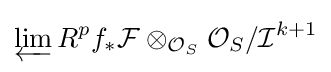
\varprojlim R^{p}f_{*}{\mathcal {F}}\otimes _{{\mathcal {O}}_{S}}{\mathcal {O}}_{S}/{{\mathcal {I}}^{k+1}}